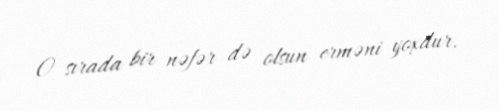
O sırada bir nəfər də olsun erməni yoxdur.